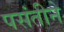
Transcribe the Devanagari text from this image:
पसंतीने